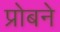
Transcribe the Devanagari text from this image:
प्रोबने